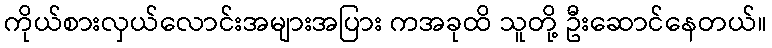
ကိုယ်စားလှယ်လောင်းအများအပြား ကအခုထိ သူတို့ ဦးဆောင်နေတယ်။